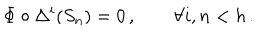
\Phi \circ \Delta ^ { i } ( S _ { n } ) = 0 \, , \qquad \forall i , n < h \, .